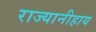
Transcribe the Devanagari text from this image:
राज्यानीहाय